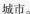
城巿。